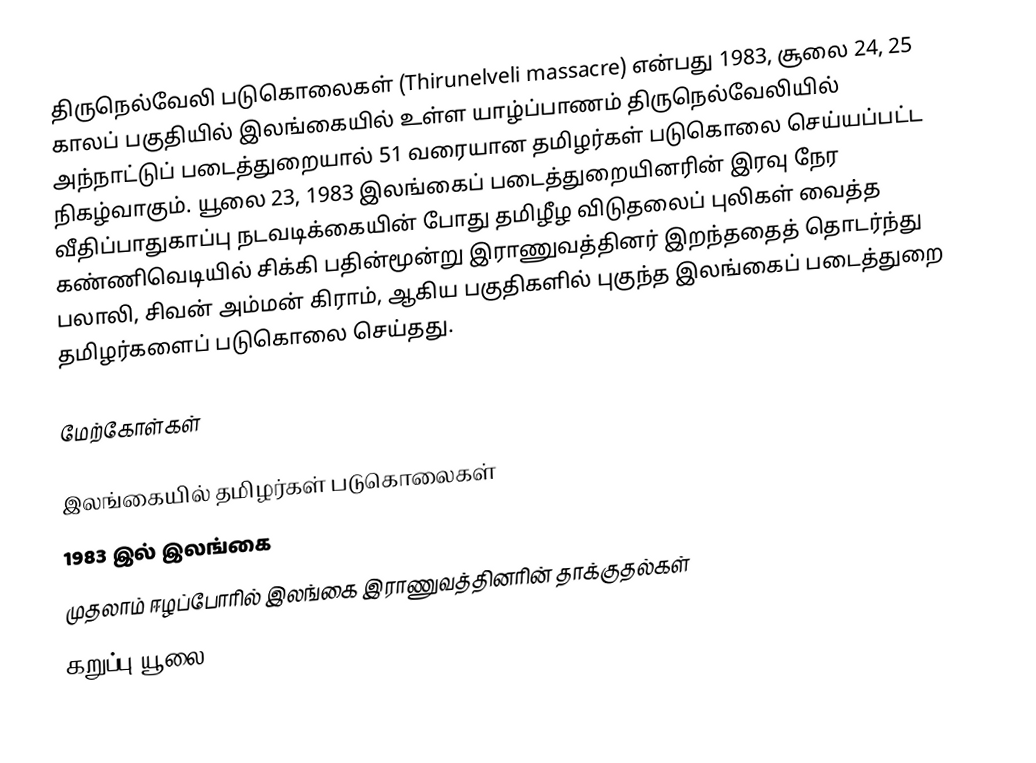
திருநெல்வேலி படுகொலைகள் (Thirunelveli massacre) என்பது 1983, சூலை 24, 25 காலப் பகுதியில் இலங்கையில் உள்ள யாழ்ப்பாணம் திருநெல்வேலியில் அந்நாட்டுப் படைத்துறையால் 51 வரையான தமிழர்கள் படுகொலை செய்யப்பட்ட நிகழ்வாகும். யூலை 23, 1983 இலங்கைப் படைத்துறையினரின் இரவு நேர வீதிப்பாதுகாப்பு நடவடிக்கையின் போது தமிழீழ விடுதலைப் புலிகள் வைத்த கண்ணிவெடியில் சிக்கி பதின்மூன்று இராணுவத்தினர் இறந்ததைத் தொடர்ந்து பலாலி, சிவன் அம்மன் கிராம், ஆகிய பகுதிகளில் புகுந்த இலங்கைப் படைத்துறை தமிழர்களைப் படுகொலை செய்தது.

மேற்கோள்கள்

இலங்கையில் தமிழர்கள் படுகொலைகள்
1983 இல் இலங்கை
முதலாம் ஈழப்போரில் இலங்கை இராணுவத்தினரின் தாக்குதல்கள்
கறுப்பு யூலை